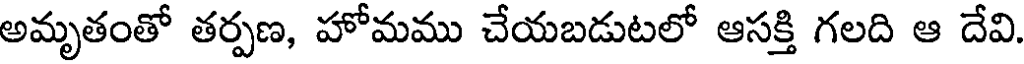
అమృతంతో తర్పణ, హోమము చేయబడుటలో ఆసక్తి గలది ఆ దేవి.